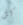
كل